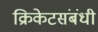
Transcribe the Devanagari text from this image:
क्रिकेटसंबंधी